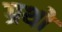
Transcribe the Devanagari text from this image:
ग्रथो